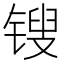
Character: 锼